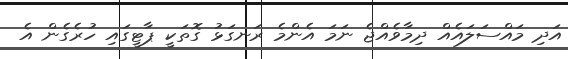
އަދި މައްސަލައެއް ދިމާވެއްޖެ ނަމަ އެންމެ ރަނގަޅު ގޮތަކީ ޕާޓީގައި ހުރެގެން އެ